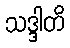
သဒ္ဒါတိ